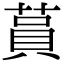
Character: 蒷